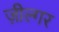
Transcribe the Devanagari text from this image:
ज़ील्‍गर